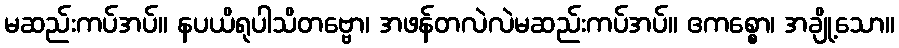
မဆည်းကပ်အပ်။ နပယိရုပါသိတဗ္ဗော၊ အဖန်တလဲလဲမဆည်းကပ်အပ်။ ဧကစ္စော၊ အချို့သော။